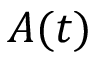
A ( t )